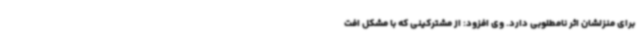
برای منزلشان اثر نامطلوبی دارد. وی افزود: از مشترکینی که با مشکل افت